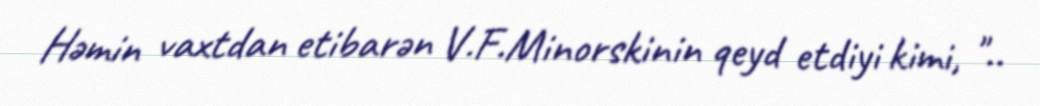
Həmin vaxtdan etibarən V.F.Minorskinin qeyd etdiyi kimi, "..